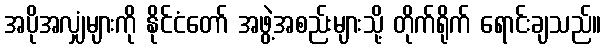
အပိုအလျှံများကို နိုင်ငံတော် အဖွဲ့အစည်းများသို့ တိုက်ရိုက် ရောင်းချသည်။